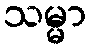
သမ္မာ